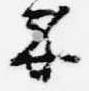
示